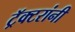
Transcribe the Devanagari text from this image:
ट्रॅक्टरांनी